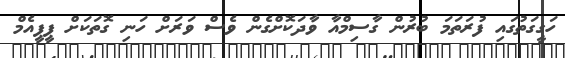
ހަގީގަތުގައި ފުރަތަމަ ބުރުން ގާސިމްއާ ވާދަކޮށްގެން ވެސް ވަރަށް ހަނި ގޮތަކަށް ޕީޕީއެމް